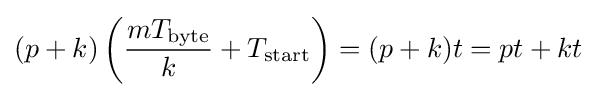
(p+k)\left({\frac {mT_{\text{byte}}}{k}}+T_{\text{start}}\right)=(p+k)t=pt+kt